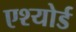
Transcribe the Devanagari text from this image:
एश्योर्ड